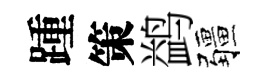
踵策鹢疆